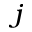
_ j